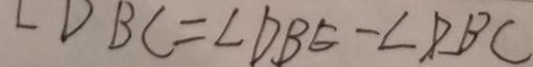
\angle D B C = \angle D B E - \angle D B C